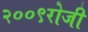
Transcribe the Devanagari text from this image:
२००९रोजी